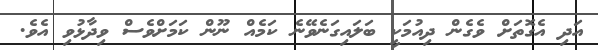
އަދި އެގޮތަށް ވެގެން ދިއުމަކީ ބަލައިގަނެވޭނެ ކަމެއް ނޫން ކަމަށްވެސް ވިދާޅުވި އެވެ.